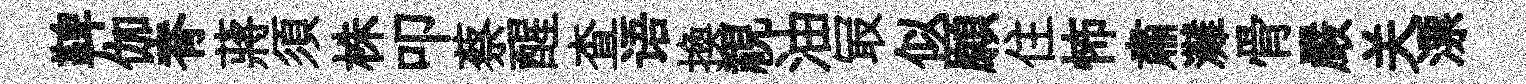
鞞伽脊蔣須株叩蔡醒查语換視油冣似願住怖肅灘骨嚴关漂